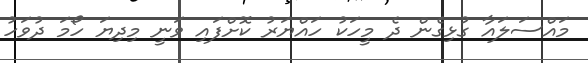
މައްސަލައާ ގުޅިގެން ދެ މީހަކު ހައްޔަރު ކޮށްފައި ވަނީ މިދިޔަ ހޯމަ ދުވަހު